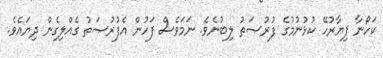
ކަހޯނާ ޕިޔާރުހޭ ކުޅުނުމުގެ ފުރުޞަތު ލިބުނެވެ. ނަމަވެސް ފަހުން އެފުރުޞަތު ގެއްލިގެން ދިޔައެވެ.